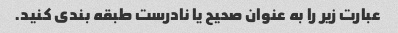
عبارت زیر را به عنوان صحیح یا نادرست طبقه بندی کنید.